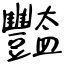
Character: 豓